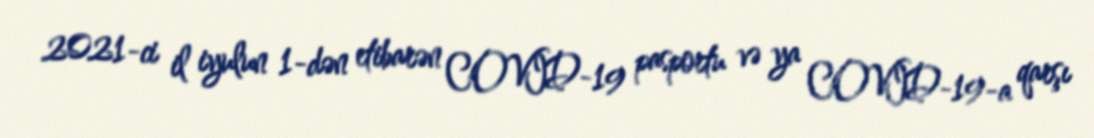
2021-ci il iyulun 1-dən etibarən COVID-19 pasportu və ya COVID-19-a qarşı